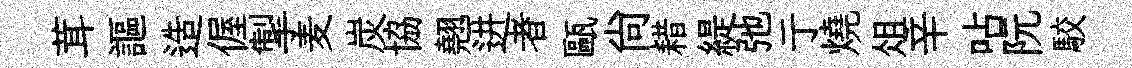
茸謳造偓掣麦炭協翹进者甌尙耤緹弛亍燒俎辛呫阮駮